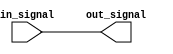
module ECL_buffer (
    input  wire     in_signal,
    output wire     out_signal
);

// ECL buffering logic for input signal
reg    buffer_reg;
assign buffer_reg = in_signal;

// ECL buffering logic for output signal
assign out_signal = buffer_reg;

endmodule